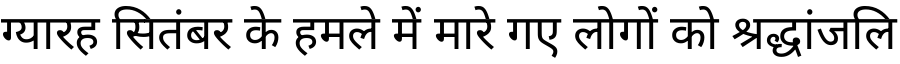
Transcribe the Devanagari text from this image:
ग्यारह सितंबर के हमले में मारे गए लोगों को श्रद्धांजलि